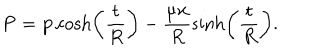
LaTeX: { \bf P } = { \bf p } \cosh \left( \frac { t } { R } \right) - \frac { \mu { \bf x } } { R } \sinh \left( \frac { t } { R } \right) .